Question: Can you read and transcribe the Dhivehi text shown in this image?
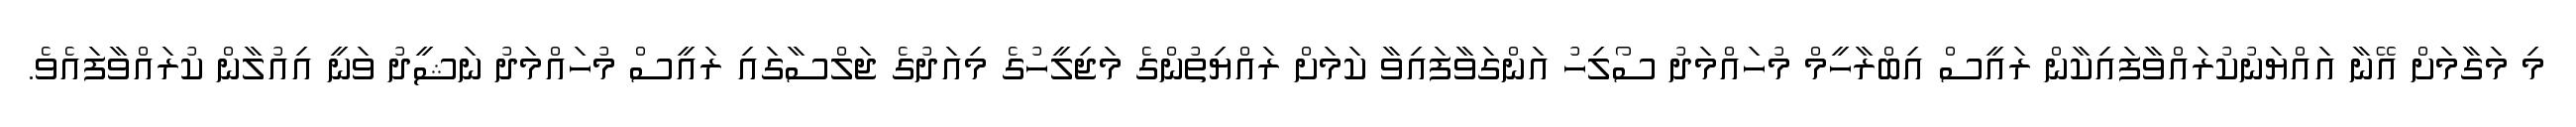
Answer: މި މަގާމަށް އޭނާ އައްޔަނުކުރައްވާފައިކާން ރައީސް އިބްރާހީމް މުހައްމަދު ސޯލިހު އަންގަވާފައިވާ ކަމަށް ރައްޔިތުންގެ މަޖިލީހުގެ މިއަދުގެ ޖަލްސާގައި ރައީސް މުހައްމަދު ނަޝީދު ވަނީ އިއުލާން ކުރައްވާފައެވެ.